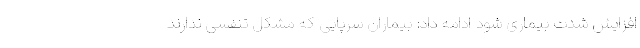
افزایش شدت بیماری شود ادامه داد: بیماران سرپایی که مشکل تنفسی ندارند